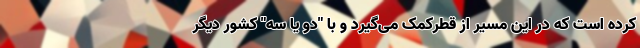
کرده است که در این مسیر از قطرکمک می‌گیرد و با "دو یا سه" کشور دیگر